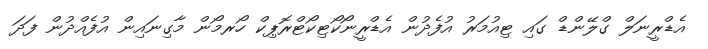
އެޑްރީނަލް ގްލޭންޑް ގައި ޓިއުމަރު އުފެދުން އެޑްރީނޯކޯޓިކޯޓްރޮޕިކް ހޯރމޯން މާގިނައިން އުފެއްދުން ފަދަ